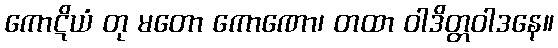
ကောဋိယံ တု မတော ကောဏော၊ တထာ ဝါဒိတ္တဝါဒနေ။